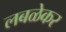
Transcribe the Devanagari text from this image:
लबळेकर